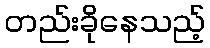
တည်းခိုနေသည့်